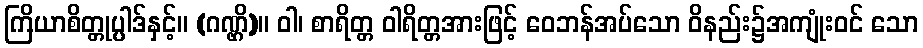
ကြိယာစိတ္တုပ္ပါဒ်နှင့်။ (ဂဏ္ဌိ)။ ဝါ၊ စာရိတ္တ ဝါရိတ္တအားဖြင့် ဝေဘန်အပ်သော ဝိနည်း၌အကျုံးဝင် သော